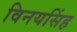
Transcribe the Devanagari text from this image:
विनयसिंह